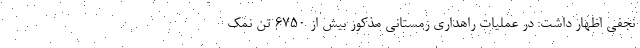
نجفی اظهار داشت: در عملیات راهداری زمستانی مذکور بیش از 6750 تن نمک